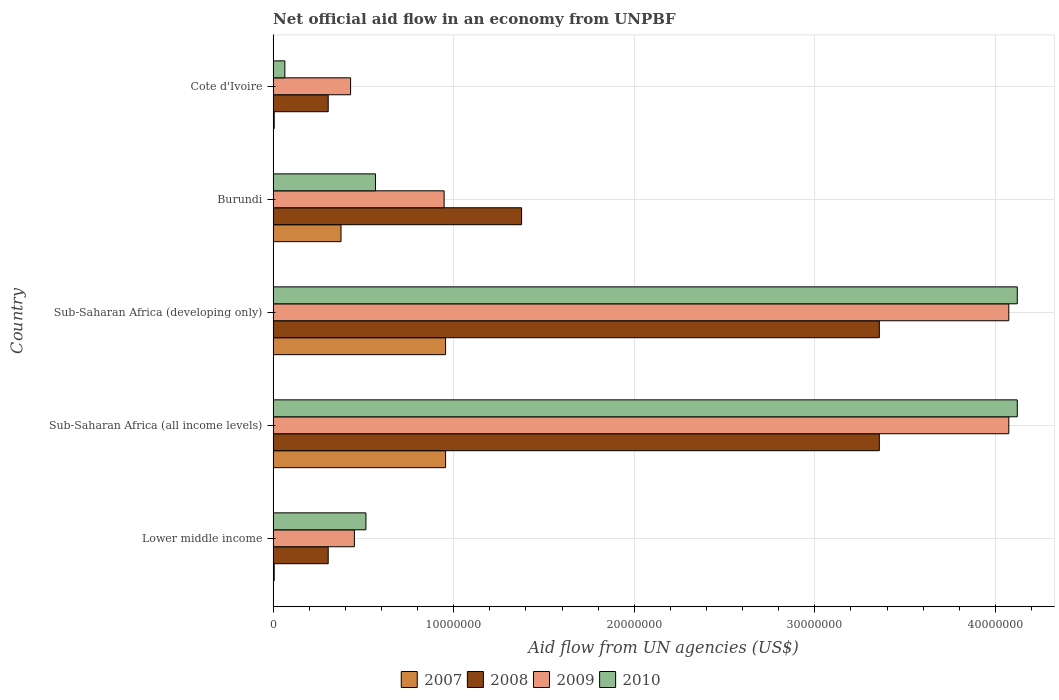
| Country | 2007 | 2008 | 2009 | 2010 |
 | --- | --- | --- | --- | --- |
 | Lower middle income | 6e+04 | 3.05e+06 | 4.5e+06 | 5.14e+06 |
 | Sub-Saharan Africa (all income levels) | 9.55e+06 | 3.36e+07 | 4.07e+07 | 4.12e+07 |
 | Sub-Saharan Africa (developing only) | 9.55e+06 | 3.36e+07 | 4.07e+07 | 4.12e+07 |
 | Burundi | 3.76e+06 | 1.38e+07 | 9.47e+06 | 5.67e+06 |
 | Cote d'Ivoire | 6e+04 | 3.05e+06 | 4.29e+06 | 6.5e+05 |